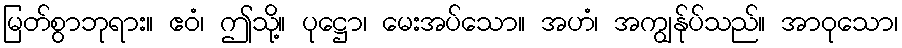
မြတ်စွာဘုရား။ ဧဝံ၊ ဤသို့။ ပုဋ္ဌော၊ မေးအပ်သော။ အဟံ၊ အကျွန်ုပ်သည်။ အာဝုသော၊